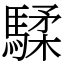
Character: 騥